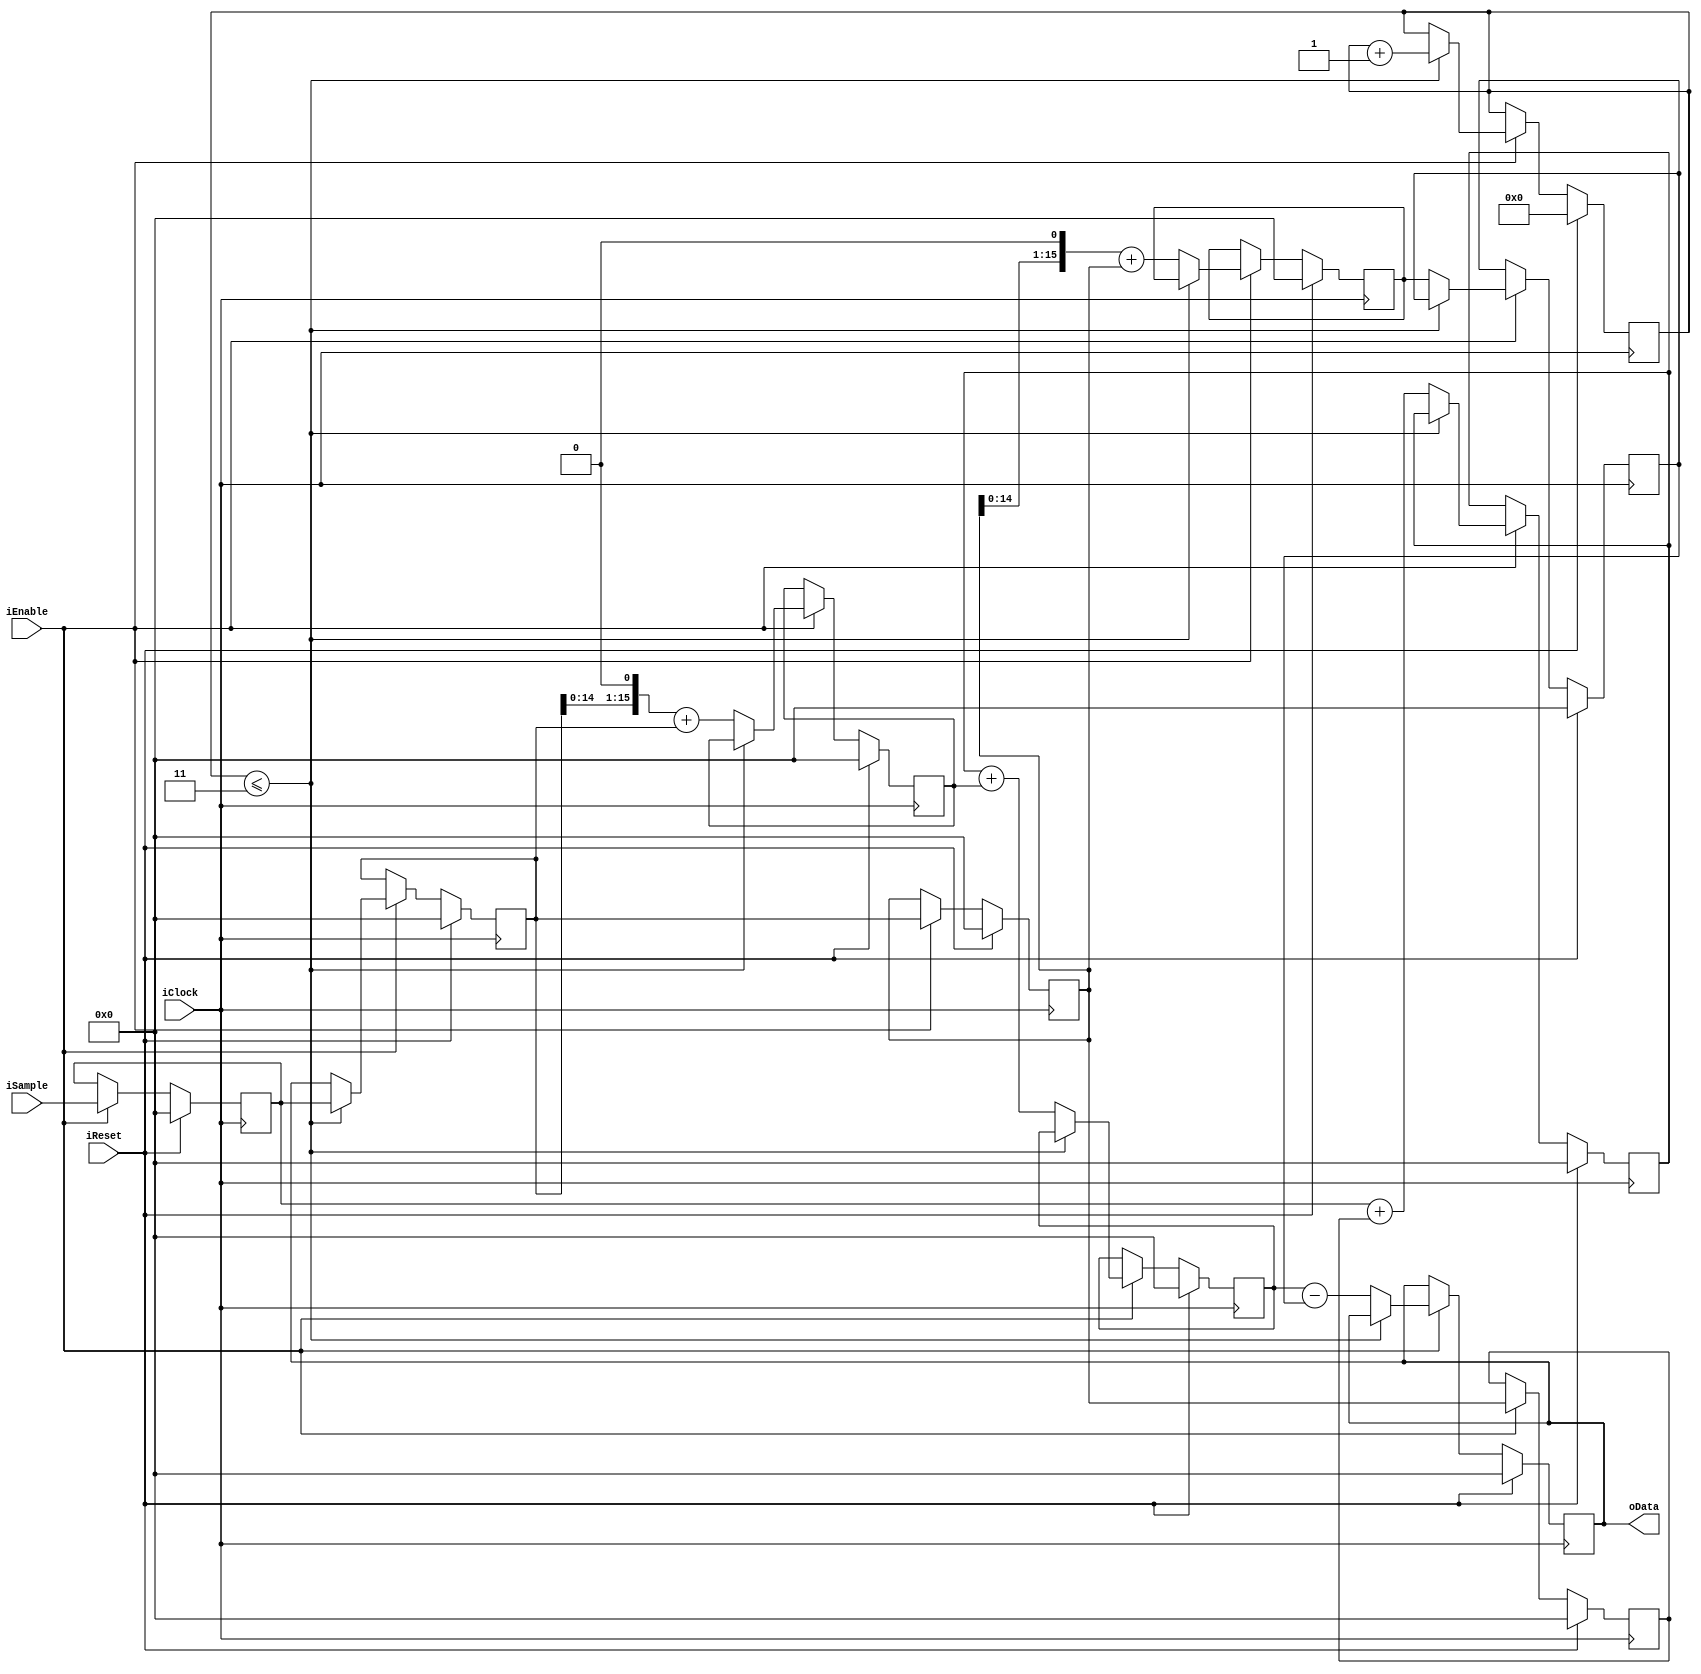
module FixedDecoderOrder3(input iClock,
                    input iReset, 
                    input iEnable, 
                    input signed [15:0] iSample, 
                    output signed [15:0] oData);
                        
reg signed [15:0] dataq0, dataq1, dataq2;
reg signed [15:0] SampleD1, dataq0d2;
reg signed [15:0] term1, term2, term3, term3d1, term4;

reg [3:0] warmup_count;

assign oData = dataq0d2;

always @(posedge iClock)
begin
    if (iReset) begin
        warmup_count <= 4'b0;
        SampleD1 <= 15'b0;
        dataq0 <= 15'b0;
        dataq1 <= 15'b0;
        dataq2 <= 15'b0;
        
        dataq0d2 <= 0;
        term1 <= 0;
        term2 <= 0;
        term3 <= 0;
        term3d1 <= 0;
        term4 <= 0;
        
    end else if (iEnable) begin
        SampleD1 <= iSample;
        
        dataq2 <= dataq1;
        dataq1 <= dataq0;
        dataq0 <= dataq0d2;
        
        if (warmup_count <= 4'd3) begin
            dataq0 <= SampleD1;
            warmup_count <= warmup_count + 1'b1;
        end else begin
            /* dataq0 <= SampleD1 + 15'd3*dataq0 - 15'd3*dataq1 + dataq2; 
             * == (SampleD1 + dataq2) + 3*dataq0 - 3*dataq1
             * == term1 + term2 - term3
             * == (term1 + term2) $$ term3d1
             * == term4 - term3d1
             */
             
            /* Clock 1. */
            term1 <= SampleD1 + dataq2; 
            term2 <= {dataq0, 1'b0} + dataq0;
            term3 <= {dataq1, 1'b0} + dataq1;
            //term2 <= 3*dataq0;          
            //term3 <= 3*dataq1;
            
            /* Clock 2. */
            term3d1 <= term3;
            term4 <= term1 + term2;
            
            /* Clock 3. */
            dataq0d2 <= term4 - term3d1;
        end
    end
end
endmodule